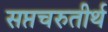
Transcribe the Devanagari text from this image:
सप्तचरुतीर्थ